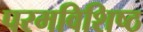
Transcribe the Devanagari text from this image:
परमविशिष्ठ